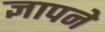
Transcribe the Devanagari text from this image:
ज्ञापने